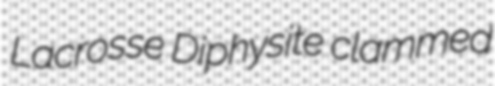
Lacrosse Diphysite clammed